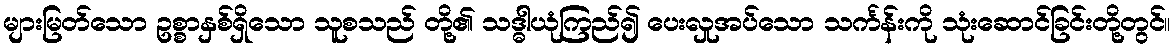
များမြတ်သော ဥစ္စာနှစ်ရှိသော သူစသည် တို့၏ သဒ္ဓါယုံကြည်၍ ပေးလှုအပ်သော သင်္ကန်းကို သုံးဆောင်ခြင်းတို့တွင်။